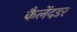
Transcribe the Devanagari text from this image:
कैलेंदडर